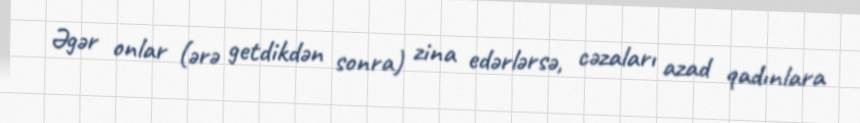
Əgər onlar (ərə getdikdən sonra) zina edərlərsə, cəzaları azad qadınlara